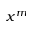
x ^ { m }